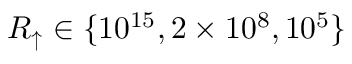
R _ { \uparrow } \in \{ 1 0 ^ { 1 5 } , 2 \times 1 0 ^ { 8 } , 1 0 ^ { 5 } \}